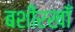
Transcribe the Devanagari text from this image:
बशीरखाँ